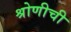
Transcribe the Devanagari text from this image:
श्रोणीची